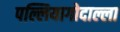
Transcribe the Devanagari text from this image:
पल्लियागोदाल्ला